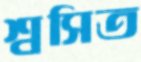
শ্বসিত